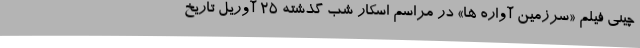
چینی فیلم «سرزمین آواره ها» در مراسم اسکار شب گذشته ۲۵ آوریل تاریخ